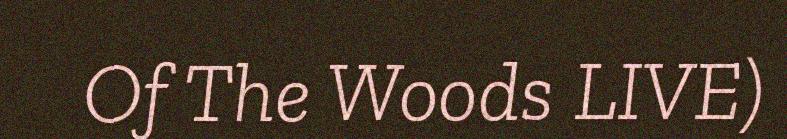
Of The Woods LIVE)